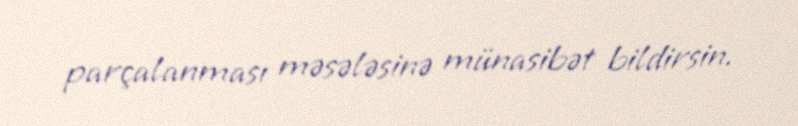
parçalanması məsələsinə münasibət bildirsin.